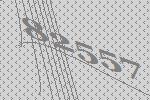
82557